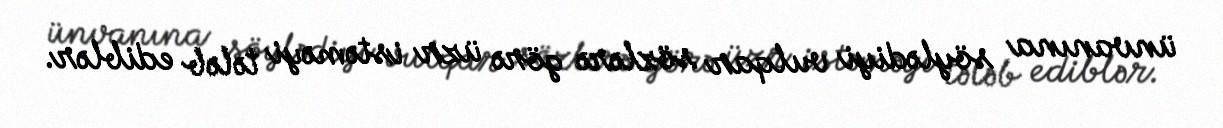
ünvanına söylədiyi vulqar sözlərə görə üzr istəməyi tələb ediblər.